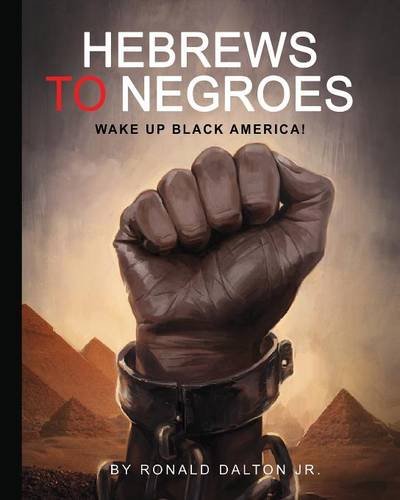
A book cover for HEBREWS TO NEGROES: WAKE UP BLACK AMERICA!; Ronald Dalton Jr.; Christian Books & Bibles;